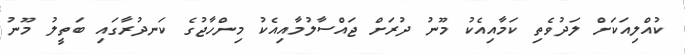
ކުއްލިއަކަށް ލަދުވެތި ކަމާއިއެކު މޫނު ދުރަށް ޖައްސާލުމާއިއެކު މިންހާޖުގެ ކަނދުރާގައި ބަތީލު މޫނު